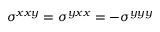
\sigma ^ { x x y } = \sigma ^ { y x x } = - \sigma ^ { y y y }